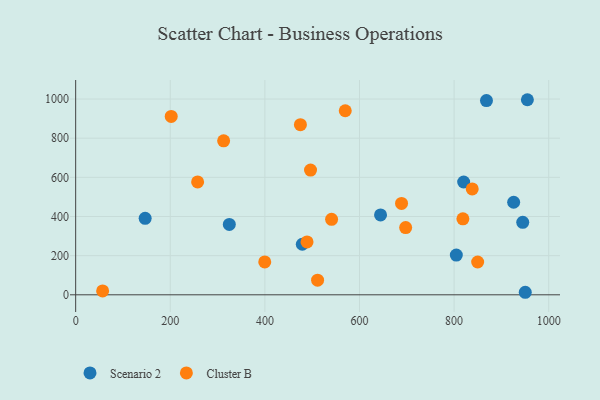
{"axis": {"x": "Price", "y": "Exam Score"}, "legend": ["Cluster B", "Scenario 2"], "data": [{"x": "950.4", "y": 12.9, "type": "Scenario 2"}, {"x": "954.9", "y": 996.5, "type": "Scenario 2"}, {"x": "945.1", "y": 370.2, "type": "Scenario 2"}, {"x": "868.4", "y": 992.2, "type": "Scenario 2"}, {"x": "820.2", "y": 576.2, "type": "Scenario 2"}, {"x": "324.8", "y": 359.5, "type": "Scenario 2"}, {"x": "925.9", "y": 472.7, "type": "Scenario 2"}, {"x": "804.7", "y": 202.8, "type": "Scenario 2"}, {"x": "479.1", "y": 258.1, "type": "Scenario 2"}, {"x": "644.5", "y": 407.8, "type": "Scenario 2"}, {"x": "146.9", "y": 390.5, "type": "Scenario 2"}, {"x": "697.6", "y": 343.2, "type": "Cluster B"}, {"x": "312.8", "y": 786.7, "type": "Cluster B"}, {"x": "475.1", "y": 869.3, "type": "Cluster B"}, {"x": "257.8", "y": 576.6, "type": "Cluster B"}, {"x": "511.4", "y": 74.8, "type": "Cluster B"}, {"x": "399.7", "y": 167.9, "type": "Cluster B"}, {"x": "496.5", "y": 637.3, "type": "Cluster B"}, {"x": "569.9", "y": 940.3, "type": "Cluster B"}, {"x": "688.9", "y": 466.6, "type": "Cluster B"}, {"x": "202.0", "y": 911.3, "type": "Cluster B"}, {"x": "489.1", "y": 270.2, "type": "Cluster B"}, {"x": "849.8", "y": 167.6, "type": "Cluster B"}, {"x": "541.0", "y": 385.6, "type": "Cluster B"}, {"x": "57.0", "y": 19.6, "type": "Cluster B"}, {"x": "838.3", "y": 540.8, "type": "Cluster B"}, {"x": "818.6", "y": 388.1, "type": "Cluster B"}]}